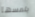
يلمسها